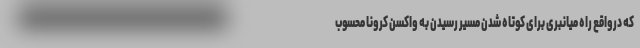
که درواقع راه میانبُری برای کوتاه شدن مسیر رسیدن به واکسن کرونا محسوب